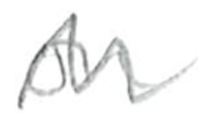
Text: on
Cross-out: zig-zag
Writing tool: pencil